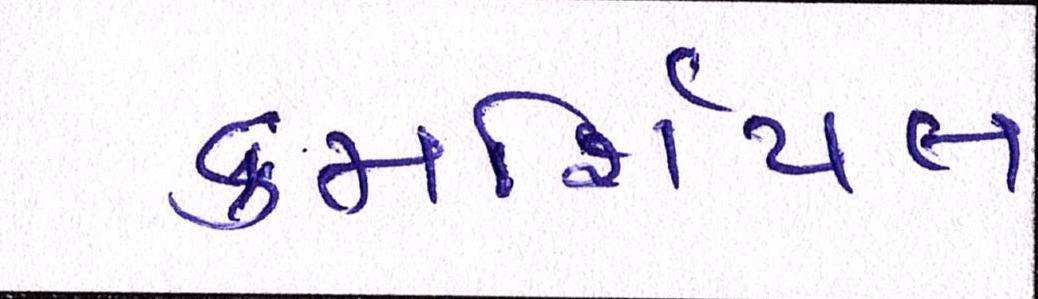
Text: કમર્શિયલ